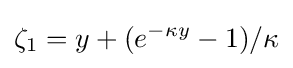
\zeta _{1}=y+(e^{-\kappa y}-1)/\kappa